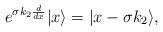
LaTeX: \begin{align*}e^{\sigma k_2{d\over dx}}|x\rangle=|x-\sigma k_2\rangle,\end{align*}